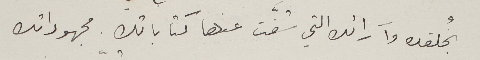
بخُلقك وآرائك التي شفّت عنها كتاباتك. مجهوداتك